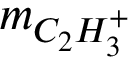
m _ { C _ { 2 } H _ { 3 } ^ { + } }